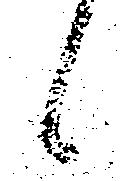
候